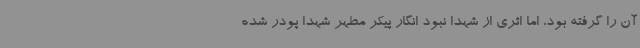
آن را گرفته بود، اما اثری از شهدا نبود انگار پیکر مطهر شهدا پودر شده